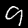
Digit: 9